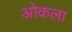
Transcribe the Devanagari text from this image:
ओकला